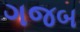
ગજબ